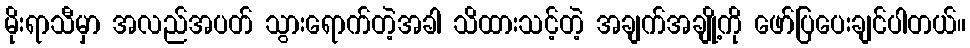
မိုးရာသီမှာ အလည်အပတ် သွားရောက်တဲ့အခါ သိထားသင့်တဲ့ အချက်အချို့ကို ဖော်ပြပေးချင်ပါတယ်။